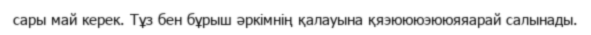
сары май керек. Тұз бен бұрыш әркімнің қалауына қяэюююэююяяарай салынады.